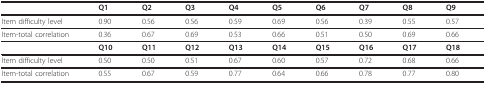
|  | Q1 | Q2 | Q3 | Q4 | Q5 | Q6 | Q7 | Q8 | Q9 |
 | --- | --- | --- | --- | --- | --- | --- | --- | --- | --- |
 | Item difficulty level | 0.90 | 0.56 | 0.56 | 0.59 | 0.69 | 0.56 | 0.39 | 0.55 | 0.57 |
 | Item-total correlation | 0.36 | 0.67 | 0.69 | 0.53 | 0.66 | 0.51 | 0.50 | 0.69 | 0.66 |
 |  | Q10 | Q11 | Q12 | Q13 | Q14 | Q15 | Q16 | Q17 | Q18 |
 | Item difficulty level | 0.50 | 0.50 | 0.51 | 0.67 | 0.60 | 0.57 | 0.72 | 0.68 | 0.66 |
 | Item-total correlation | 0.55 | 0.67 | 0.59 | 0.77 | 0.64 | 0.66 | 0.78 | 0.77 | 0.80 |